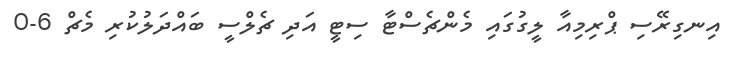
އިނގިރޭސި ޕްރިމިއާ ލީގުގައި މެންޗެސްޓާ ސިޓީ އަދި ޗެލްސީ ބައްދަލުކުރި މެޗް 6-0